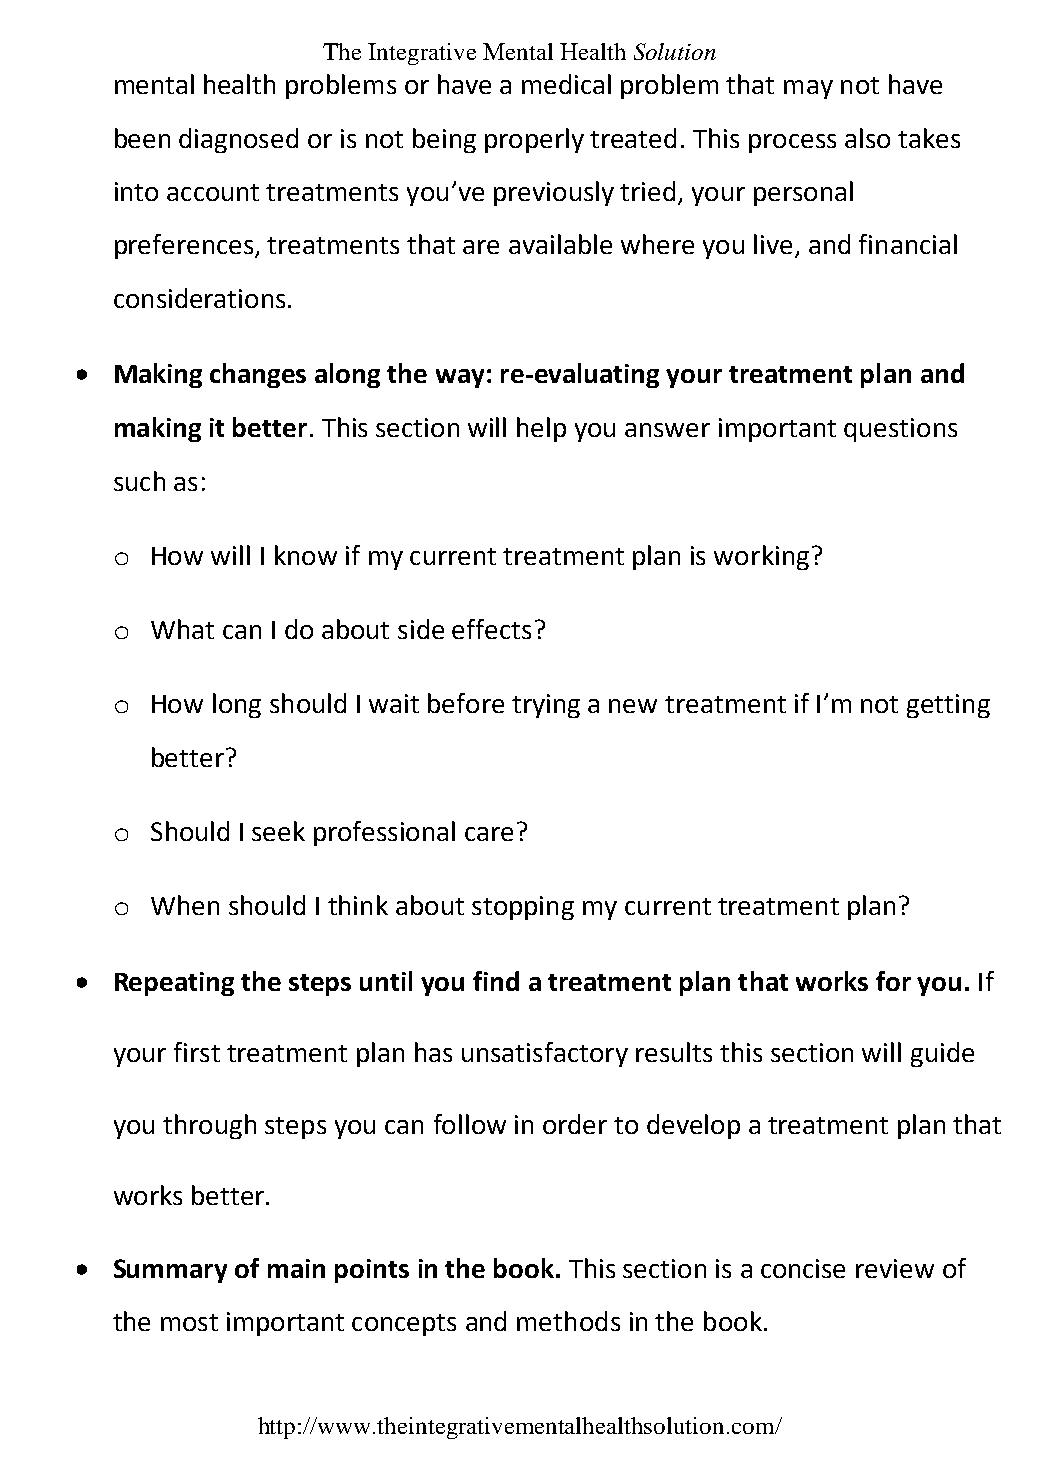
The Integrative Mental Health Solution
 mental health problems or have a medical problem that may not have
 been diagnosed or is not being properly treated. This process also takes
 into account treatments you’ve previously tried, your personal
 preferences, treatments that are available where you live, and financial
 considerations.
  Making changes along the way: re-evaluating your treatment plan and
 making it better. This section will help you answer important questions
 such as:
 o  How will I know if my current treatment plan is working?
 o  What can I do about side effects?
 o  How long should I wait before trying a new treatment if I’m not getting
 better?
 o  Should I seek professional care?
 o  When should I think about stopping my current treatment plan?
  Repeating the steps until you find a treatment plan that works for you. If
 your first treatment plan has unsatisfactory results this section will guide
 you through steps you can follow in order to develop a treatment plan that
 works better.
  Summary  of main points in the book. This section is a concise review of
 the most important concepts and methods in the book.
 http://www.theintegrativementalhealthsolution.com/